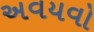
અવયવો